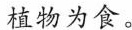
植物为食。